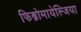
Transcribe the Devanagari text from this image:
फिब्रोमायेल्जिया